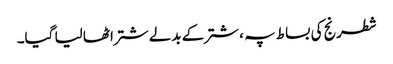
شطرنج کی بساط پہ ، شتر کے بدلے شتر اٹھا لیا گیا۔